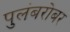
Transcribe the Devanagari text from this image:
पुलंबरोबर